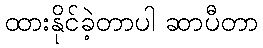
ထားနိုင်ခဲ့တာပါ ဆာပီတာ